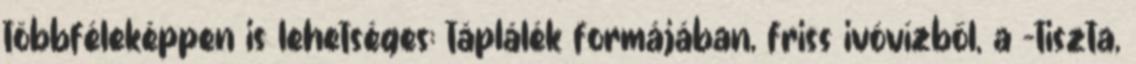
többféleképpen is lehetséges: táplálék formájában, friss ivóvízből, a -tiszta,